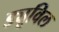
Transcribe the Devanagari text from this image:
ड्यूविल